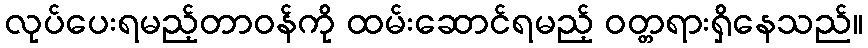
လုပ်ပေးရမည့်တာဝန်ကို ထမ်းဆောင်ရမည့် ဝတ္တရားရှိနေသည်။